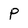
Character: P